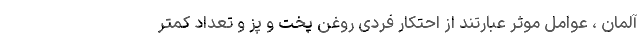
آلمان ، عوامل موثر عبارتند از احتکار فردی روغن پخت و پز و تعداد کمتر